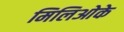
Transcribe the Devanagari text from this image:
मिलिओके